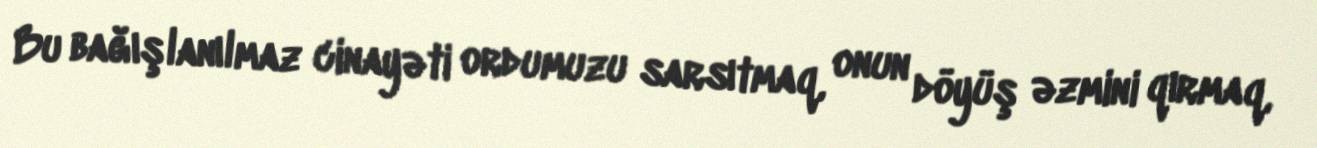
Bu bağışlanılmaz cinayəti ordumuzu sarsıtmaq, onun döyüş əzmini qırmaq,